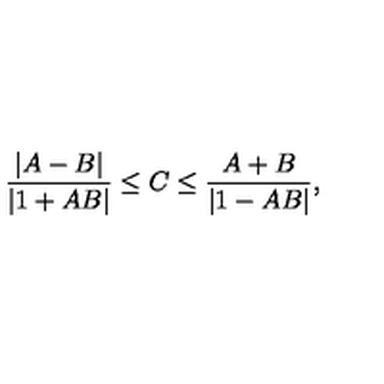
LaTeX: { \frac { | A - B | } { | 1 + A B | } } \leq C \leq { \frac { A + B } { | 1 - A B | } } ,